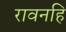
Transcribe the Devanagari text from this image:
रावनहि